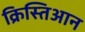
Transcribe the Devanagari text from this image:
क्रिस्तिआन